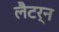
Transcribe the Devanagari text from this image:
लैटर्न